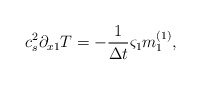
\begin{align*}c_s^2\partial _{x1}T =-\frac{1}{\Delta t} {\varsigma}_1{m}_1 ^{(1)},\end{align*}